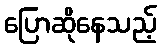
ပြောဆိုနေသည့်